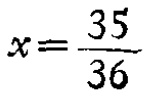
$x=\frac{35}{36}$